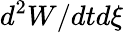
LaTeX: d^{2}W/dtd\xi